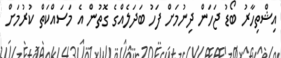
އިޝްތިހާރު ބޯޑު ޖަހަން ދިނުމަށް ފަހު ބަދަލެއްގެ ގޮތުން އެ މަސައްކަތް ކުރުމަށް